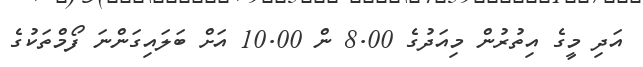
އަދި މީގެ އިތުރުން މިއަދުގެ 8.00 ން 10.00 އަށް ބަލައިގަންނަ ފޯމްތަކުގެ